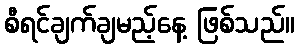
စီရင်ချက်ချမည့်နေ့ ဖြစ်သည်။